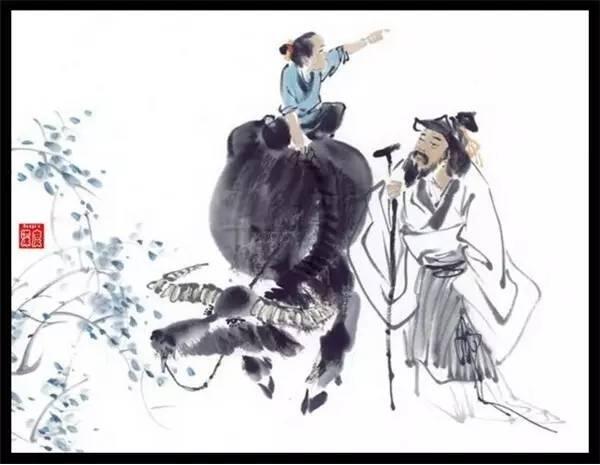
借问酒家何处有？牧童遥指杏花村。